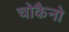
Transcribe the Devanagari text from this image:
चोकैनो